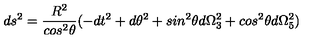
d s ^ { 2 } = \frac { R ^ { 2 } } { c o s ^ { 2 } \theta } ( - d t ^ { 2 } + d \theta ^ { 2 } + s i n ^ { 2 } \theta d \Omega _ { 3 } ^ { 2 } + c o s ^ { 2 } \theta d \Omega _ { 5 } ^ { 2 } )